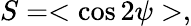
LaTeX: S=<\cos{2\psi}>,